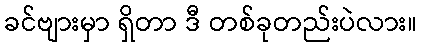
ခင်ဗျားမှာ ရှိတာ ဒီ တစ်ခုတည်းပဲလား။